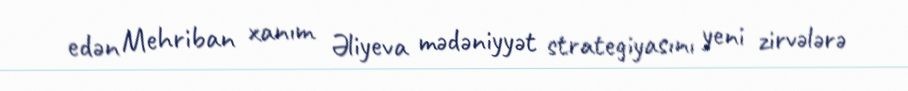
edən Mehriban xanım Əliyeva mədəniyyət strategiyasını yeni zirvələrə